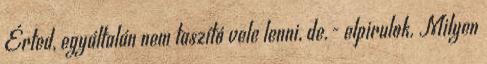
Érted, egyáltalán nem taszító vele lenni, de.- elpirulok. Milyen